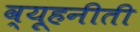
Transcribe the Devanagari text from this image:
व्यूहनीती